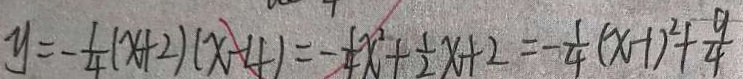
y = - \frac { 1 } { 4 } ( x + 2 ) ( x - 4 ) = - \frac { 1 } { 4 } x ^ { 2 } + \frac { 1 } { 2 } x + 2 = - \frac { 1 } { 4 } ( x - 1 ) ^ { 2 } + \frac { 9 } { 4 }